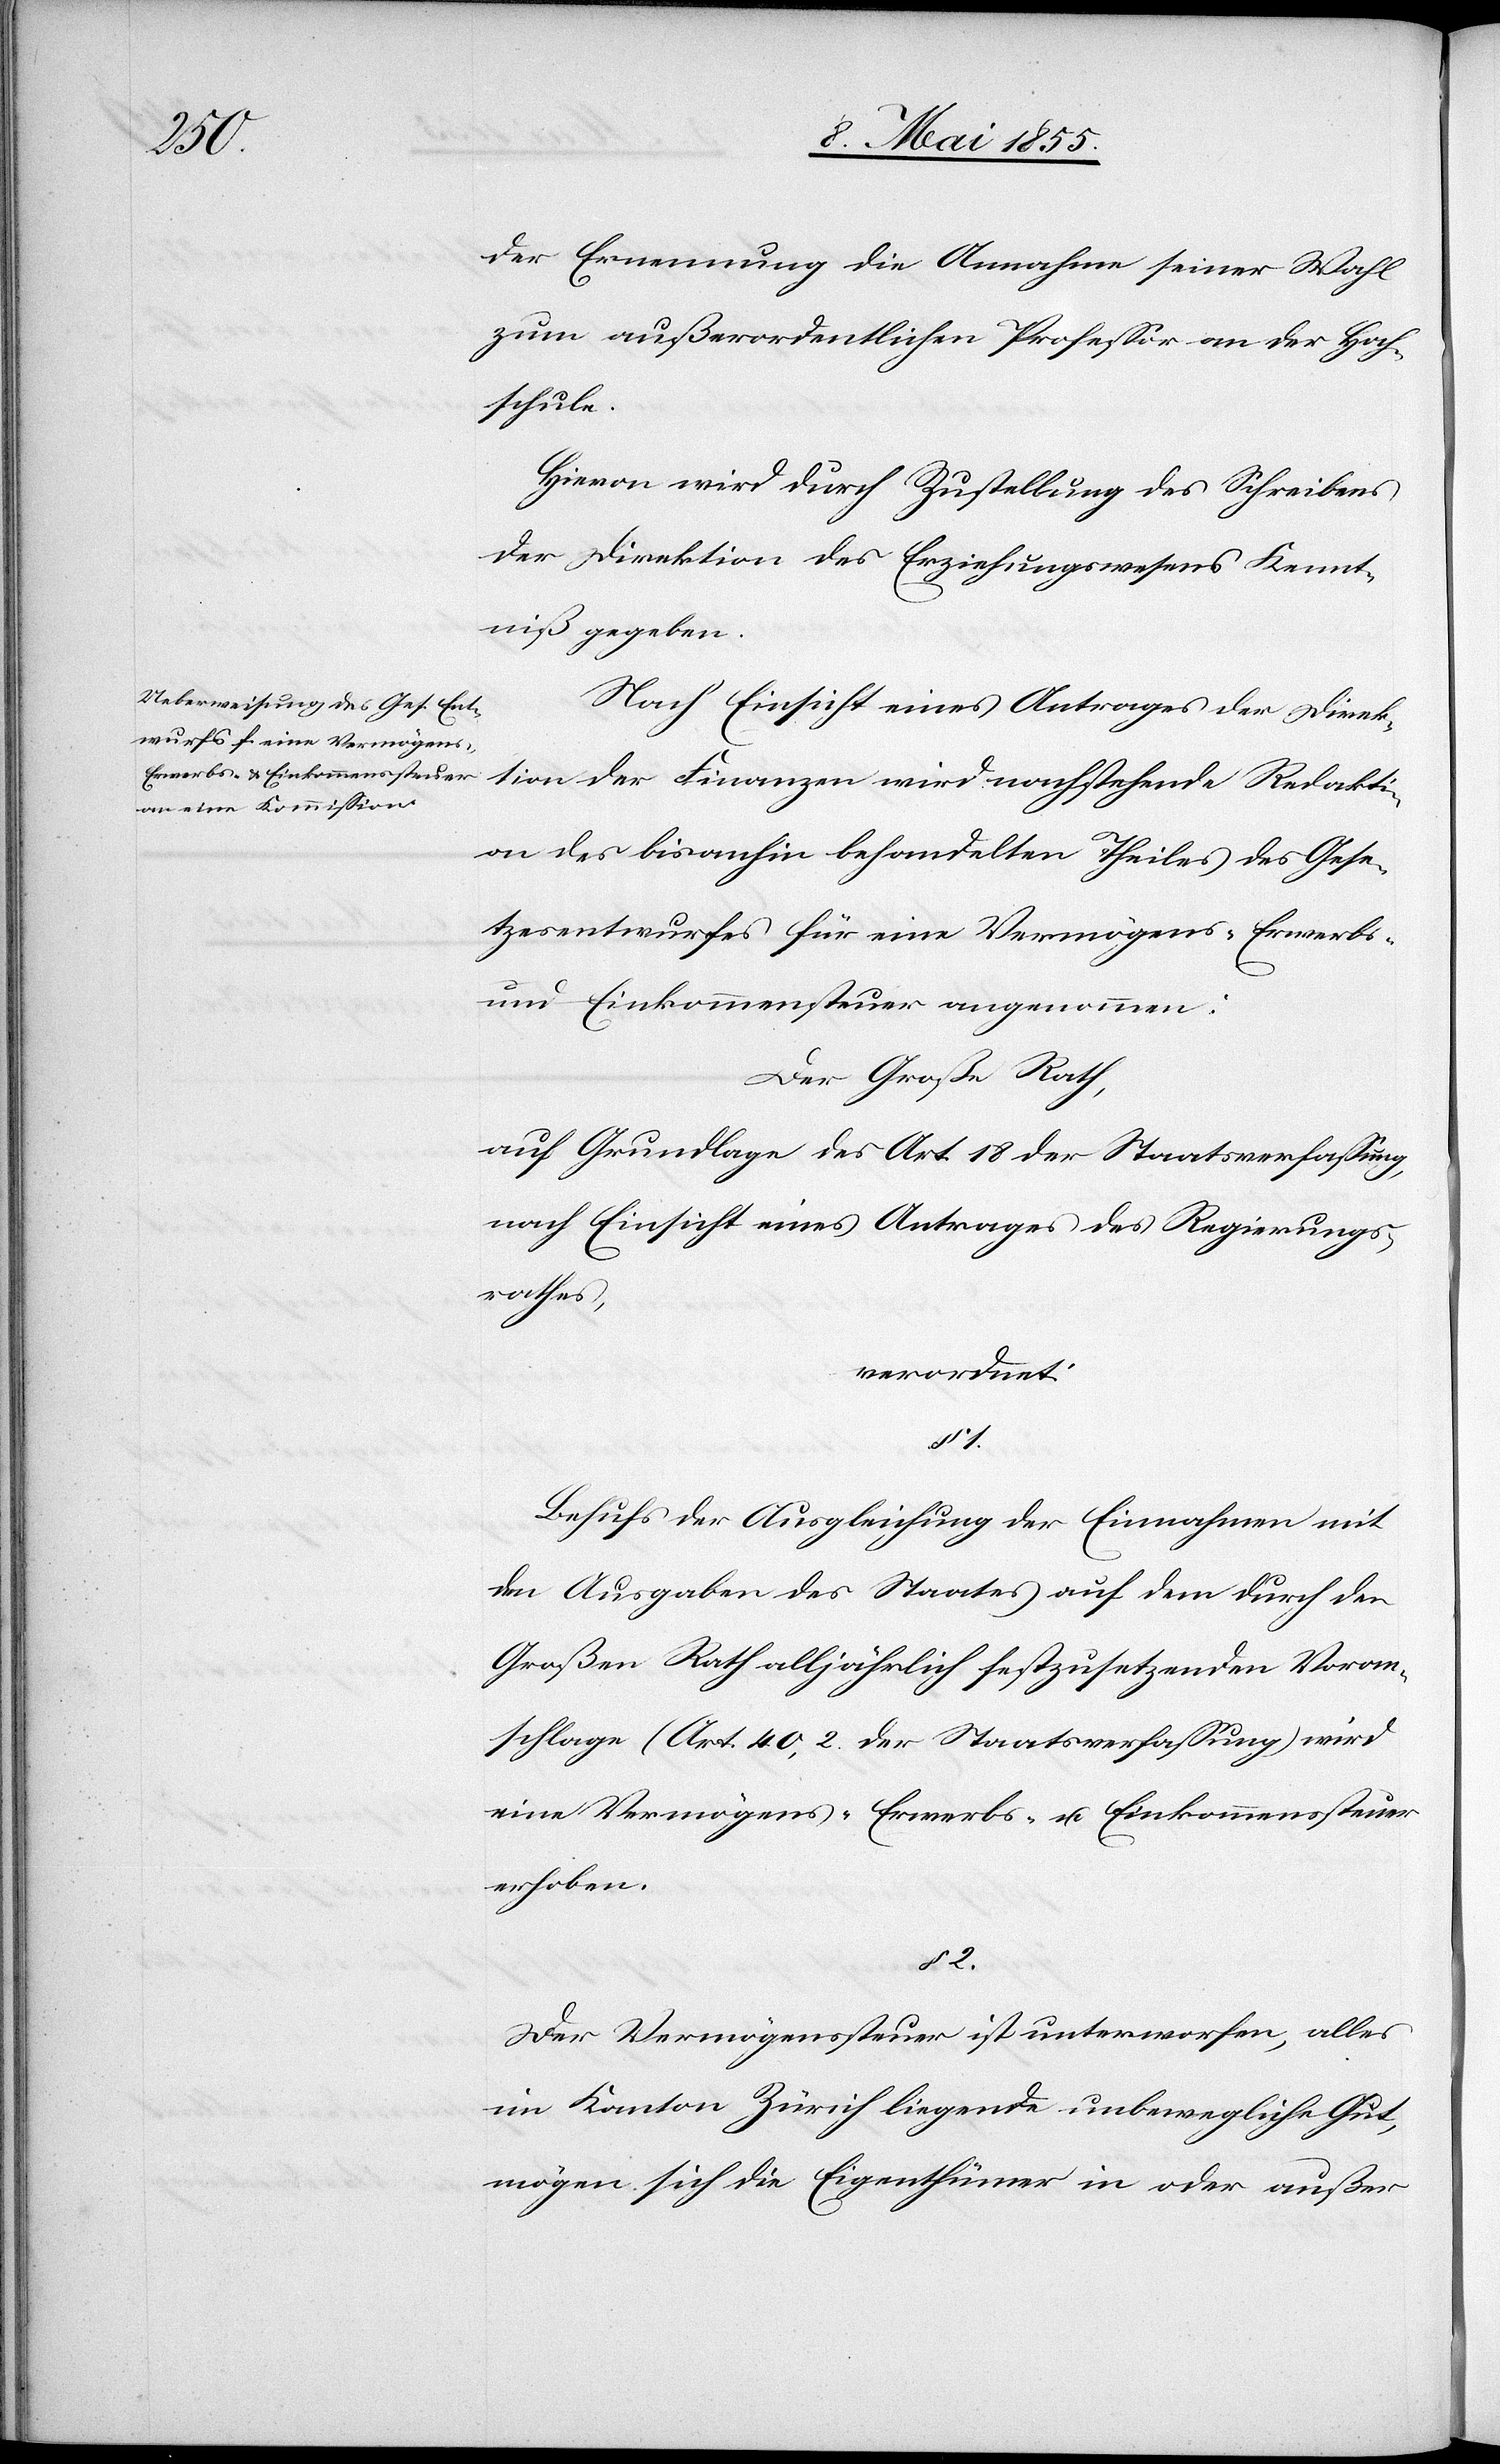
2.

der Ernennung die Annahme seiner Wahl
zum außerordentlichen Professor an der Hoch¬
schule.
Hievon wird durch Zustellung des Schreibens
der Direktion des Erziehungswesens Kennt¬
niß gegeben.
Nach Einsicht eines Antrages der Direk¬
tion der Finanzen wird nachstehende Redakti¬
on des bisanhin behandelten Theiles des Gese¬
tzesentwurfes für eine Vermögens-[,] Erwerbs-
und Einkommensteuer angenommen:
Der Große Rath,
auf Grundlage des Art. 18 der Staatsverfassung,
nach Einsicht eines Antrages des Regierungs¬
rathes,
verordnet:
§ 1.
Behufs der Ausgleichung der Einnahmen mit
den Ausgaben des Staates auf dem durch den
Großen Rath alljährlich festzusetzenden Voran¬
schlage (Art. 40, 2. der Staatsverfassung) wird
eine Vermögens-[,] Erwerbs- u. Einkommenssteuer
erhoben.
Der Vermögenssteuer ist unterworfen, alles
im Kanton Zürich liegende unbewegliche Gut,
mögen sich die Eigenthümer in oder außer